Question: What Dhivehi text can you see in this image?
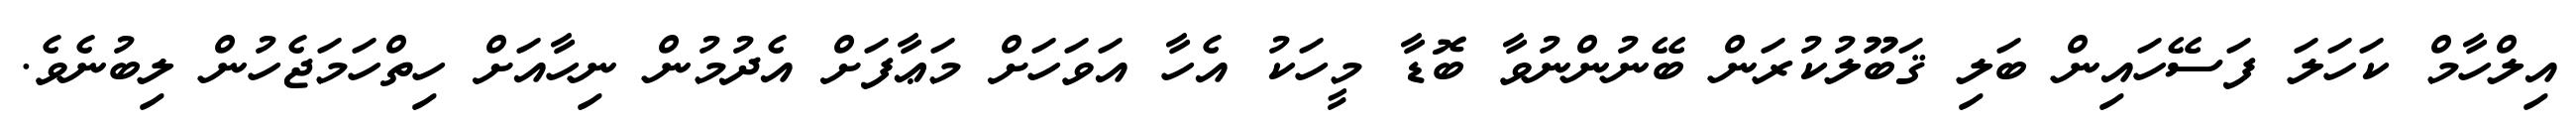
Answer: އިލްހާމް ކަހަލަ ފަސޭހައިން ބަލި ޤަބޫލުކުރަން ބޭނުންނުވާ ބޮޑާ މީހަކު އެހާ އަވަހަށް މަޢާފަށް އެދުމުން ނިހާއަށް ހިތްހަމަޖެހުން ލިބުނެވެ.